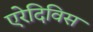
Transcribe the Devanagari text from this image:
एरेदिविस